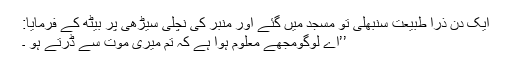
ایک دن ذرا طبیعت سنبھلی تو مسجد میں گئے اور منبر کی نچلی سیڑھی پر بیٹھ کے فرمایا:
’’اے لوگومجھے معلوم ہوا ہے کہ تم میری موت سے ڈرتے ہو ۔